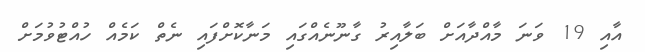
އާއި 19 ވަނަ މާއްދާއަށް ބަލާއިރު ގާނޫނެއްގައި މަނާކޮށްފައި ނެތް ކަމެއް ހުއްޓުވުމަށް